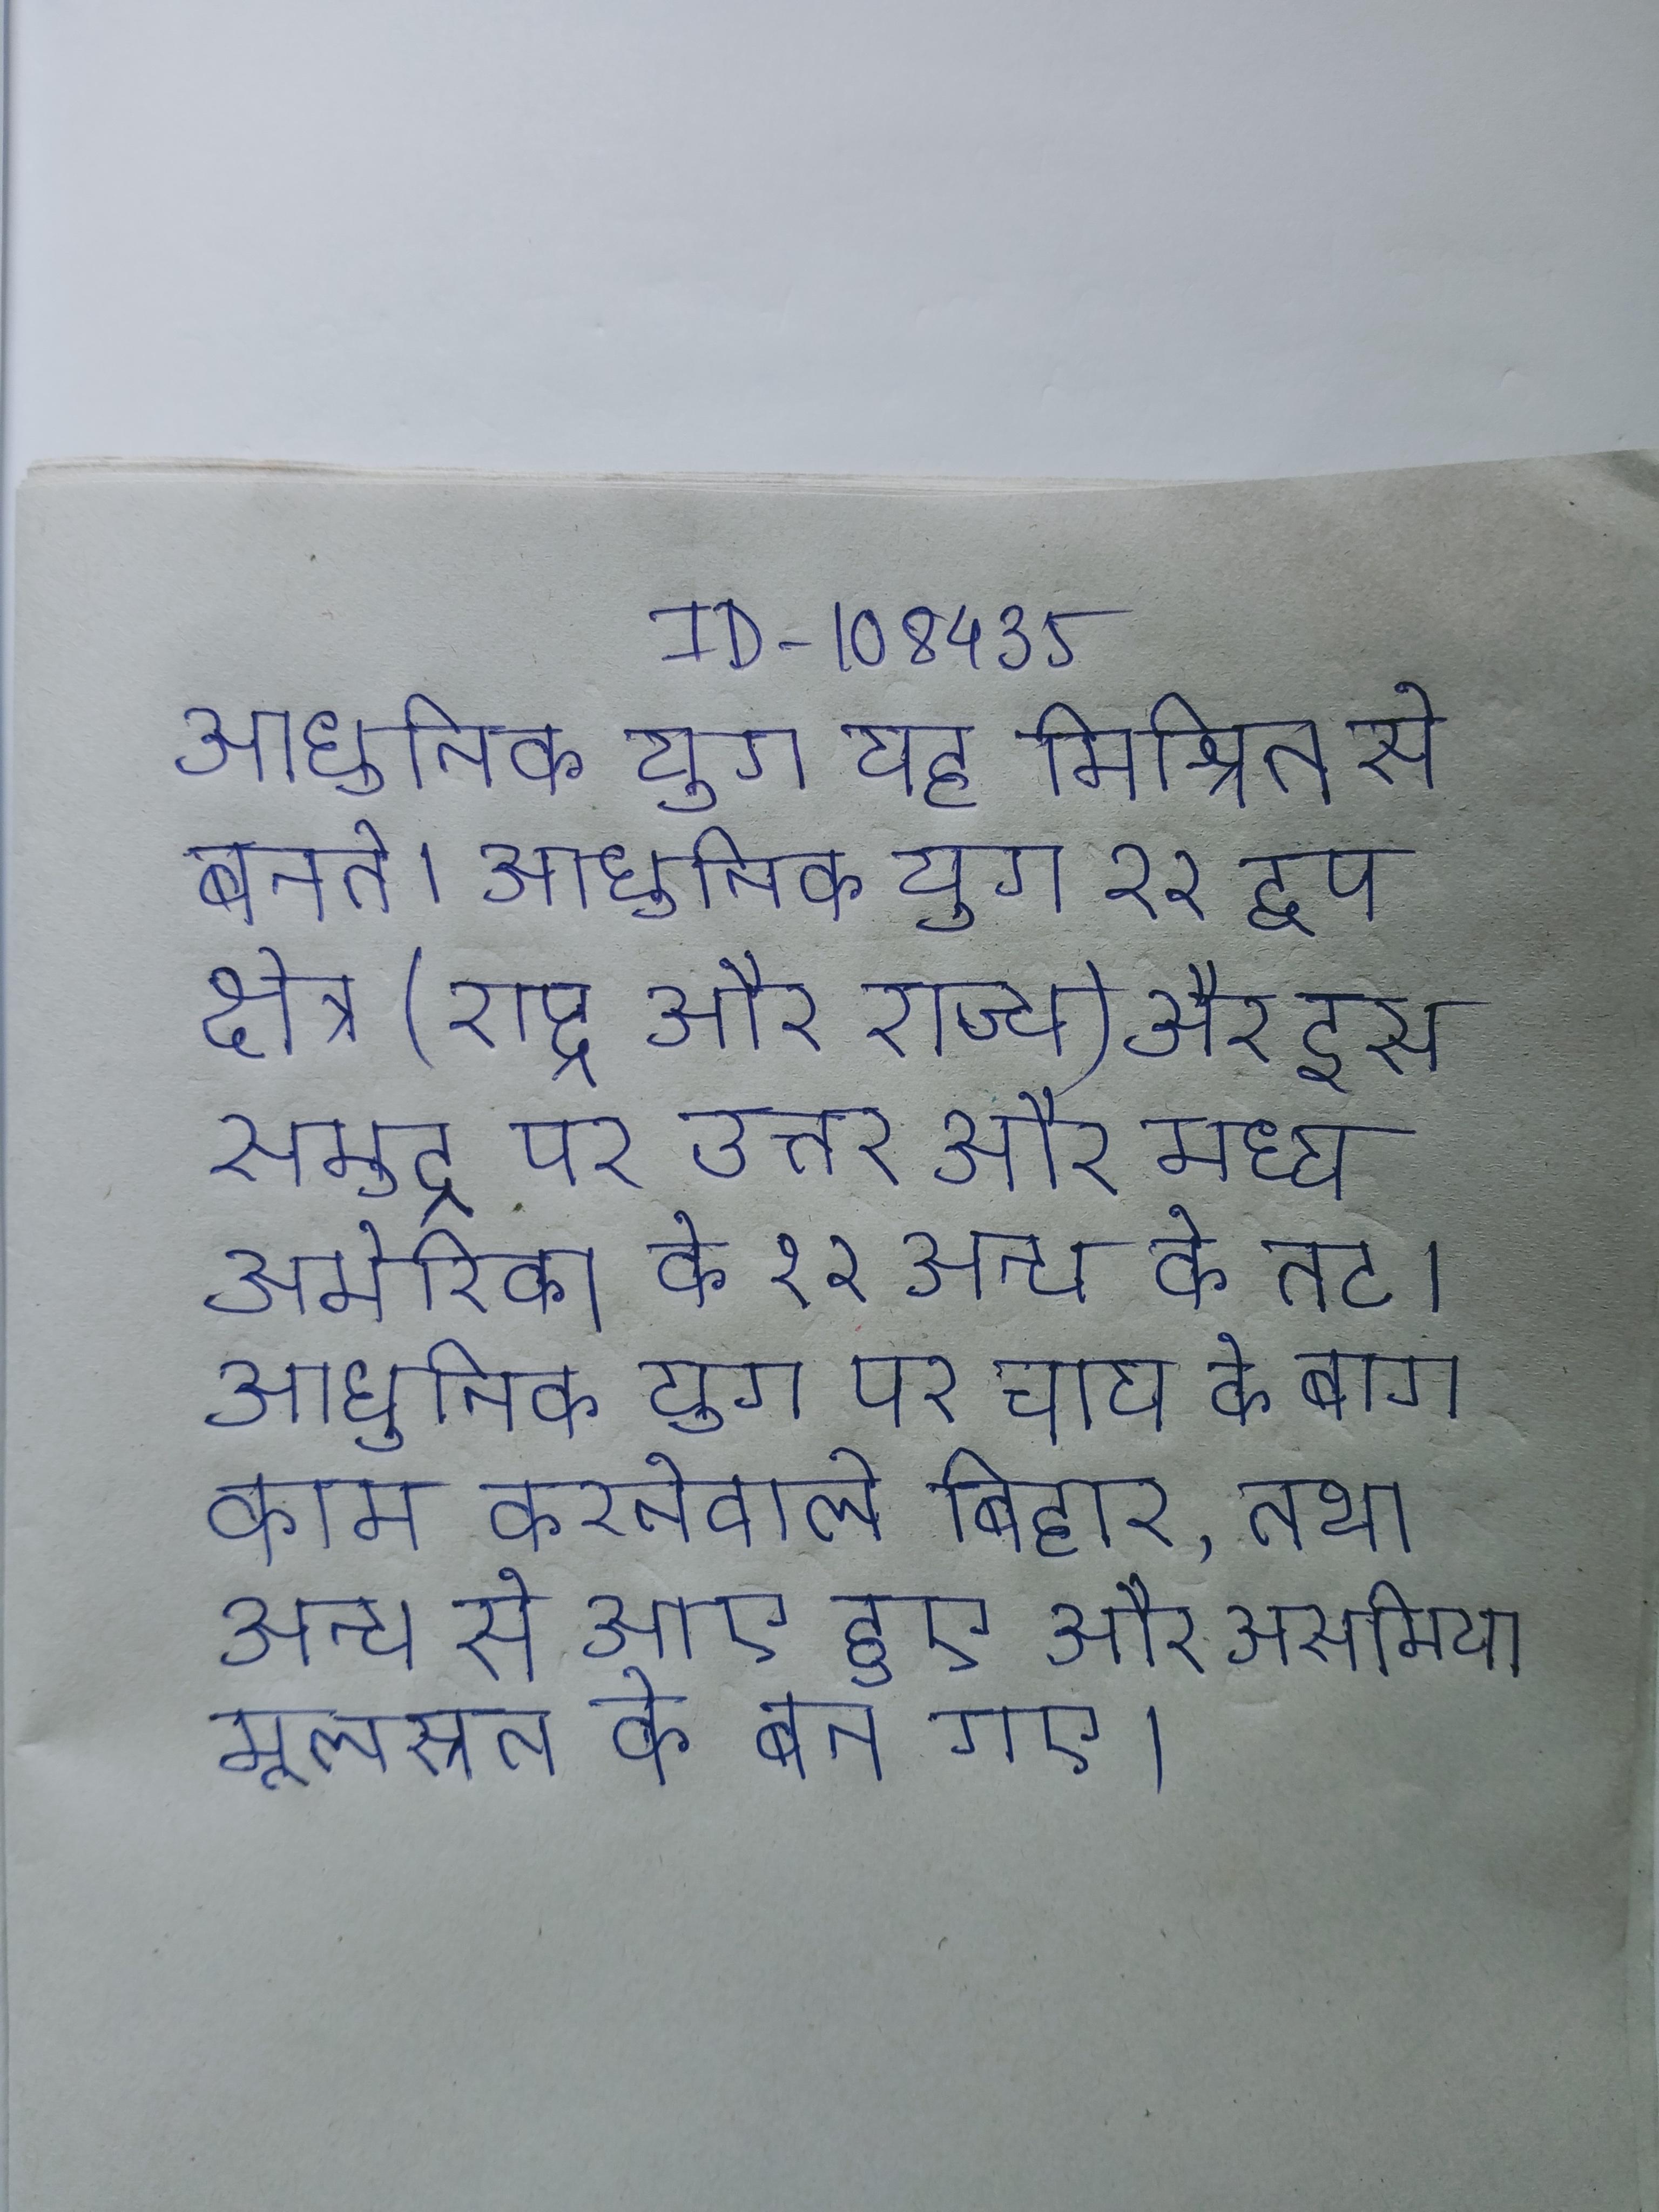
आधुनिक युग यह मिश्रित से बनते । आधुनिक युग २२ द्वीप क्षेत्र (राष्ट्र और राज्य) और इस समुद्र पर उत्तर और मध्य अमेरिका के १२ अन्य के तट । आधुनिक युग पर चाय के बाग काम करनेवाले बिहार, तथा अन्य से आए हुए और आदिवासी भी असमिया मूलस्रोत के बन गए ।